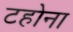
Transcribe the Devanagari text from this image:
टहोना